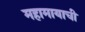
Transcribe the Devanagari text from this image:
महामायाची